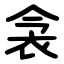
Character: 衾